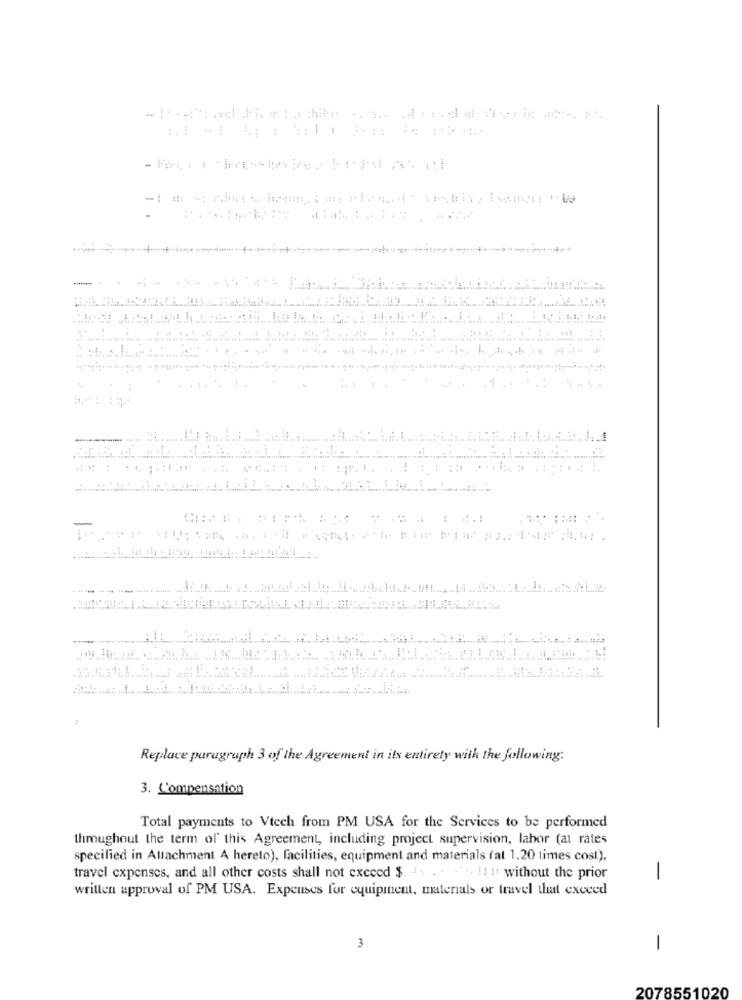
.1 ..
Replace paragraph 3 of the Agreement in its entirety with the following:
3. Compensation
Total payments to Vtech from PM USA for the Services to be performed
throughout the term of this Agreement, including project supervision, labor (at rates
specified in Attachment A hereto), facilities, equipment and materials (at 1.20 times cost),
travel expenses, and all other costs shall not exceed $. ... . . ... !! !. without the prior
written approval of PM USA. Expenses for equipinent, materials or travel that exceed
-
3
-
2078551020